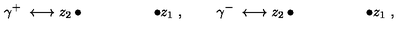
\gamma ^ { + } \ \longleftrightarrow z _ { 2 } \bullet \quad \qquad \qquad \bullet z _ { 1 } \ , \ \quad \quad \gamma ^ { - } \ \longleftrightarrow z _ { 2 } \bullet \quad \qquad \qquad \bullet z _ { 1 } \ ,